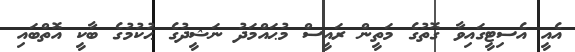
އެއީ އެސިޓީގައިވާ ގޮތުގެ މަތީން ރައީސް މުޙައްމަދު ނަޝީދުގެ ޙުކުމުގެ ބާކީ އޮތްބައި